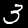
Digit: 3